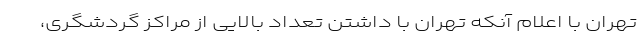
تهران با اعلام آنکه تهران با داشتن تعداد بالایی از مراکز گردشگری،